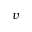
v